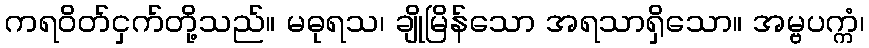
ကရဝိတ်ငှက်တို့သည်။ မဓုရသ၊ ချိုမြိန်သော အရသာရှိသော။ အမ္ဗပက္ကံ၊